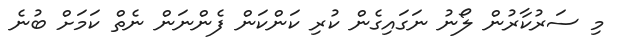
މި ސަރުކާރުން ލޯނު ނަގައިގެން ކުރި ކަންކަން ފެންނަން ނެތް ކަމަށް ބުނެ